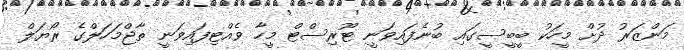
މަންޒަރު ދުށް މީހަކު ބީބީސީގައި ބުނެފައިވަނީ ޓޫރިސްޓް މީހާ ވެއްޓިފައިވަނީ ތާޖްމަހަލްގެ ރޯޔަލް